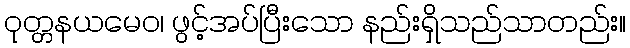
ဝုတ္တနယမေဝ၊ ဖွင့်အပ်ပြီးသော နည်းရှိသည်သာတည်း။